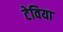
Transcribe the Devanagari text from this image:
टेविया